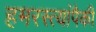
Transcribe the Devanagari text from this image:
हमरस्त्यांपैकी